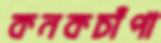
কনকচাঁপা